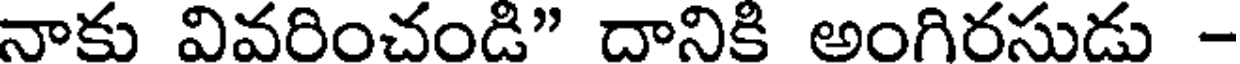
నాకు వివరించండి" దానికి అంగిరసుడు -